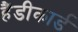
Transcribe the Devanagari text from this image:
हैंडीकार्ड